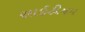
સાઇટીયમ